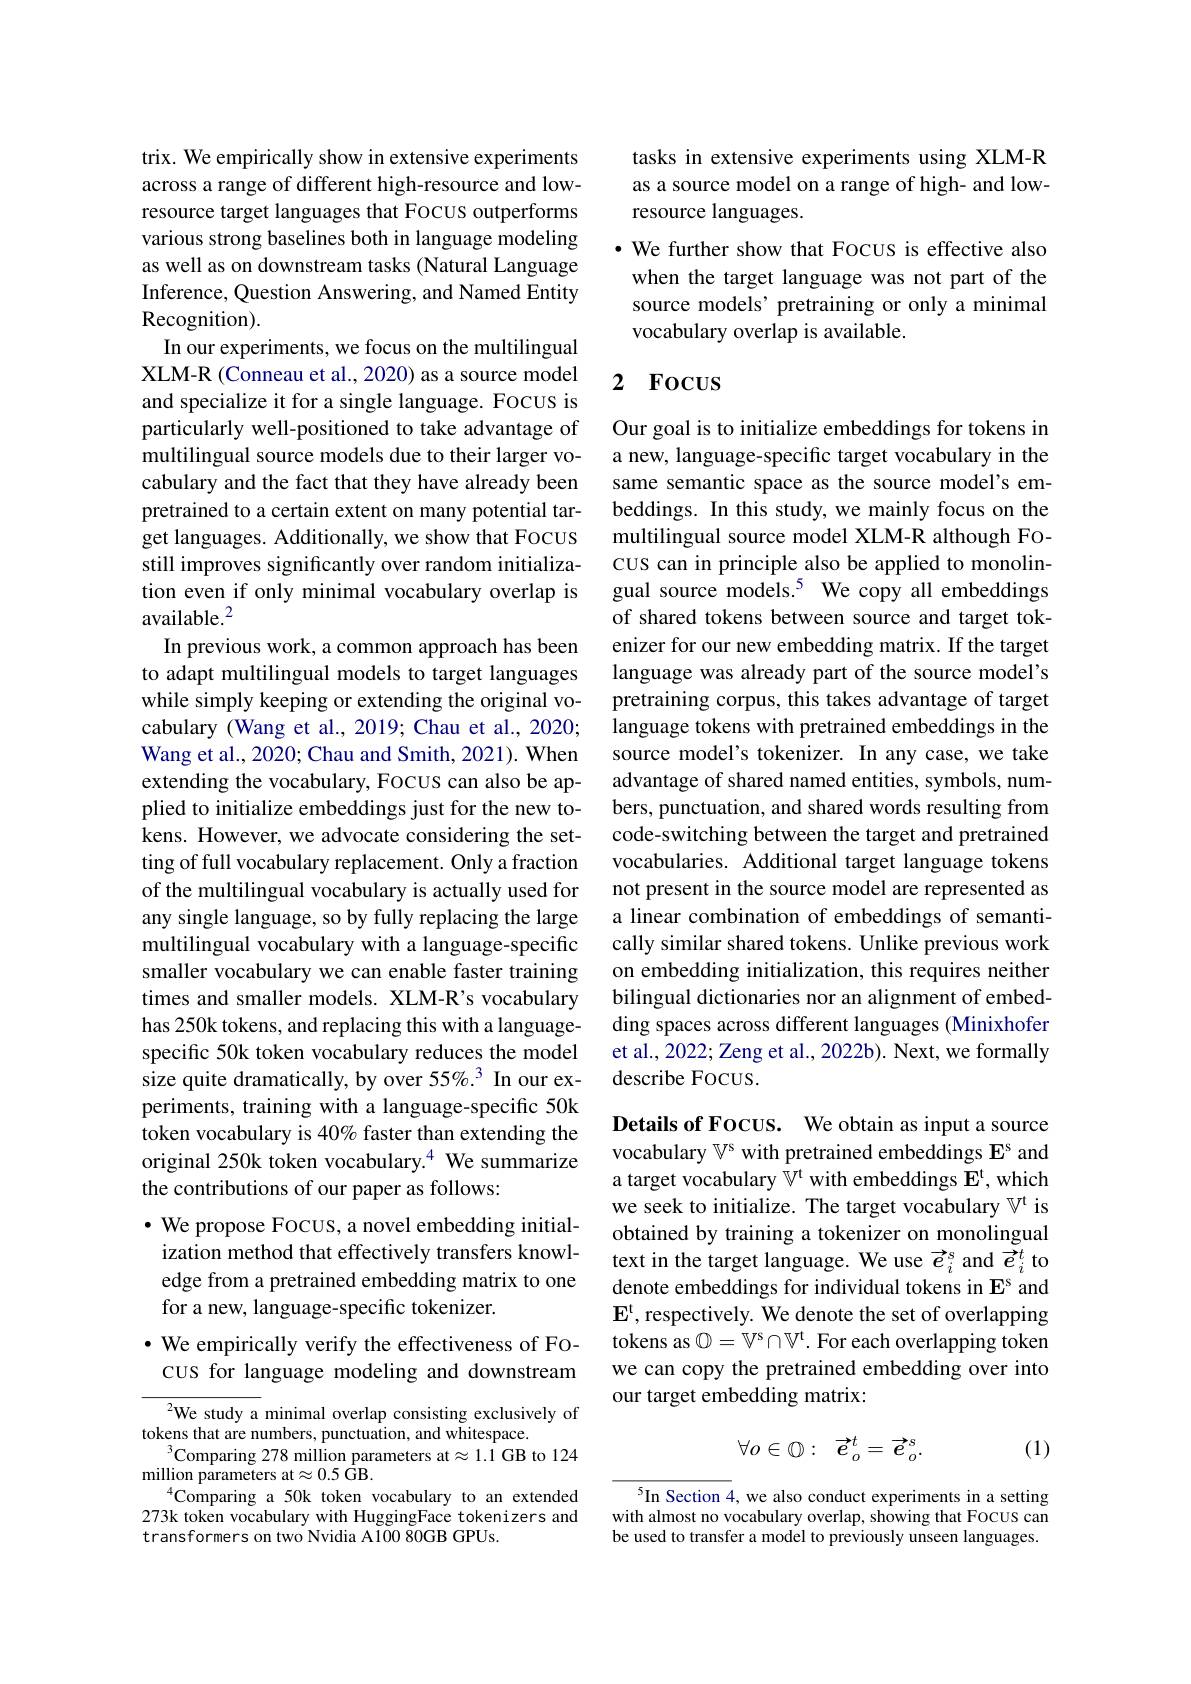
trix. We empirically show in extensive experiments across a range of different high-resource and lowresource target languages that Focus outperforms various strong baselines both in language modeling as well as on downstream tasks (Natural Language Inference, Question Answering, and Named Entity Recognition).
In our experiments, we focus on the multilingual XLM-R (Conneau et al., 2020) as a source model and specialize it for a single language. Focus is particularly well-positioned to take advantage of multilingual source models due to their larger vocabulary and the fact that they have already been pretrained to a certain extent on many potential target languages. Additionally, we show that Focus still improves significantly over random initialization even if only minimal vocabulary overlap is available.$^{2}$
In previous work, a common approach has been to adapt multilingual models to target languages while simply keeping or extending the original vocabulary (Wang et al., 2019; Chau et al., 2020; Wang et al., 2020; Chau and Smith, 2021). When extending the vocabulary, FOCUS can also be applied to initialize embeddings just for the new tokens. However, we advocate considering the setting of full vocabulary replacement. Only a fraction of the multilingual vocabulary is actually used for any single language, so by fully replacing the large multilingual vocabulary with a language-specific smaller vocabulary we can enable faster training times and smaller models. XLM-R's vocabulary has 250k tokens, and replacing this with a languagespecific 50k token vocabulary reduces the model size quite dramatically, by over 55%.3 In our experiments, training with a language-specific 50k token vocabulary is 40% faster than extending the original 250k token vocabulary.$^{4}$ We summarize the contributions of our paper as follows:
$\cdot$ We propose Focus, a novel embedding initialization method that effectively transfers knowledge from a pretrained embedding matrix to one for a new, language-specific tokenizer.
$\cdot$ We empirically verify the effectiveness of FO-

## cus for language modeling and downstream

${{^{2}}}$We study a minimal overlap consisting exclusively of
tokens that are numbers, punctuation, and whitespace.
$^3$Comparing 278 million parameters at$\approx1.1$ GB to 124
${\mathrm{million~parameters~at}}\approx0.5{\mathrm{~GB}}.$
$^{4}$Comparing a 50k token vocabulary to an extended 273k token vocabulary with HuggingFace tokenizers and transformers on two Nvidia A100 80GB GPUs.

tasks in extensive experiments using XLM-R as a source model on a range of high- and lowresource languages.
·We further show that Focus is effective also when the target language was not part of the source models' pretraining or only a minimal vocabulary overlap is available.

## 2 Focus

Our goal is to initialize embeddings for tokens in a new, language-specific target vocabulary in the same semantic space as the source model's embeddings. In this study, we mainly focus on the multilingual source model XLM-R although Focus can in principle also be applied to monolingual source models.$^{5}$ We copy all embeddings of shared tokens between source and target tokenizer for our new embedding matrix. If the target language was already part of the source model's pretraining corpus, this takes advantage of target language tokens with pretrained embeddings in the source model's tokenizer. In any case, we take advantage of shared named entities, symbols, numbers, punctuation, and shared words resulting from code-switching between the target and pretrained vocabularies. Additional target language tokens not present in the source model are represented as a linear combination of embeddings of semantically similar shared tokens. Unlike previous work on embedding initialization, this requires neither bilingual dictionaries nor an alignment of embedding spaces across different languages (Minixhofer et al., 2022; Zeng et al., 2022b). Next, we formally describe Focus.

Details of Focus. We obtain as input a source vocabulary $\mathbb{V}^\mathrm{s}$ with pretrained embeddings $\mathbf{E}^\mathrm{s}$ and a target vocabulary $\mathbb{V}^\mathrm{t}$ with embeddings Et, which we seek to initialize. The target vocabulary $\mathbb{V}^\mathrm{t}$ is obtained by training a tokenizer on monolingual text in the target language. We use $\vec{e}_i^s$ and $\vec{e}_i^t$ to denote embeddings for individual tokens in $\mathbf{E}^\mathrm{s}$ and Et, respectively. We denote the set of overlapping tokens as $\mathbb{O} = \mathbb{V} ^\mathrm{s} \cap \mathbb{V} ^\mathrm{t} .$ For each overlapping token we can copy the pretrained embedding over into our target embedding matrix:
$$\forall o\in\mathbb{Q}:\:\vec{e}_{o}^{t}=\vec{e}_{o}^{s}.$$
(1)

$^{5}$In Section 4, we also conduct experiments in a setting with almost no vocabulary overlap, showing that Focus can be used to transfer a model to previously unseen languages.